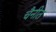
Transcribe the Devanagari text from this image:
चैनीत